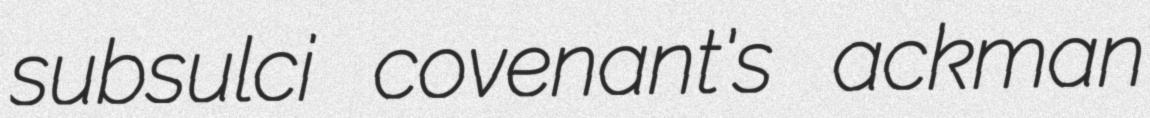
subsulci covenant's ackman